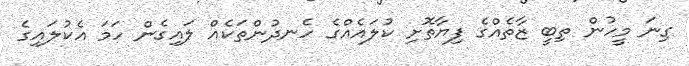
ގިނަ މީހުން ތިބީ ޒާތެއްގެ ފިޔާތޮށި ކުލައެއްގެ ހެނދުންތަކެއް ލައިގެން ހަމަ އެކުލައިގެ